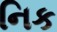
નિક